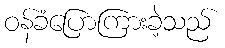
ဝန်ခံပြောကြားခဲ့သည်